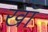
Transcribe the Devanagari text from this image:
खॉं